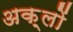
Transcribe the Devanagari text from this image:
अक़्लों